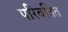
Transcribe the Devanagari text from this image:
परिवतित